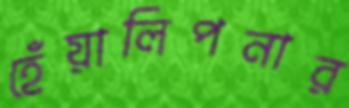
হেঁয়ালিপনার